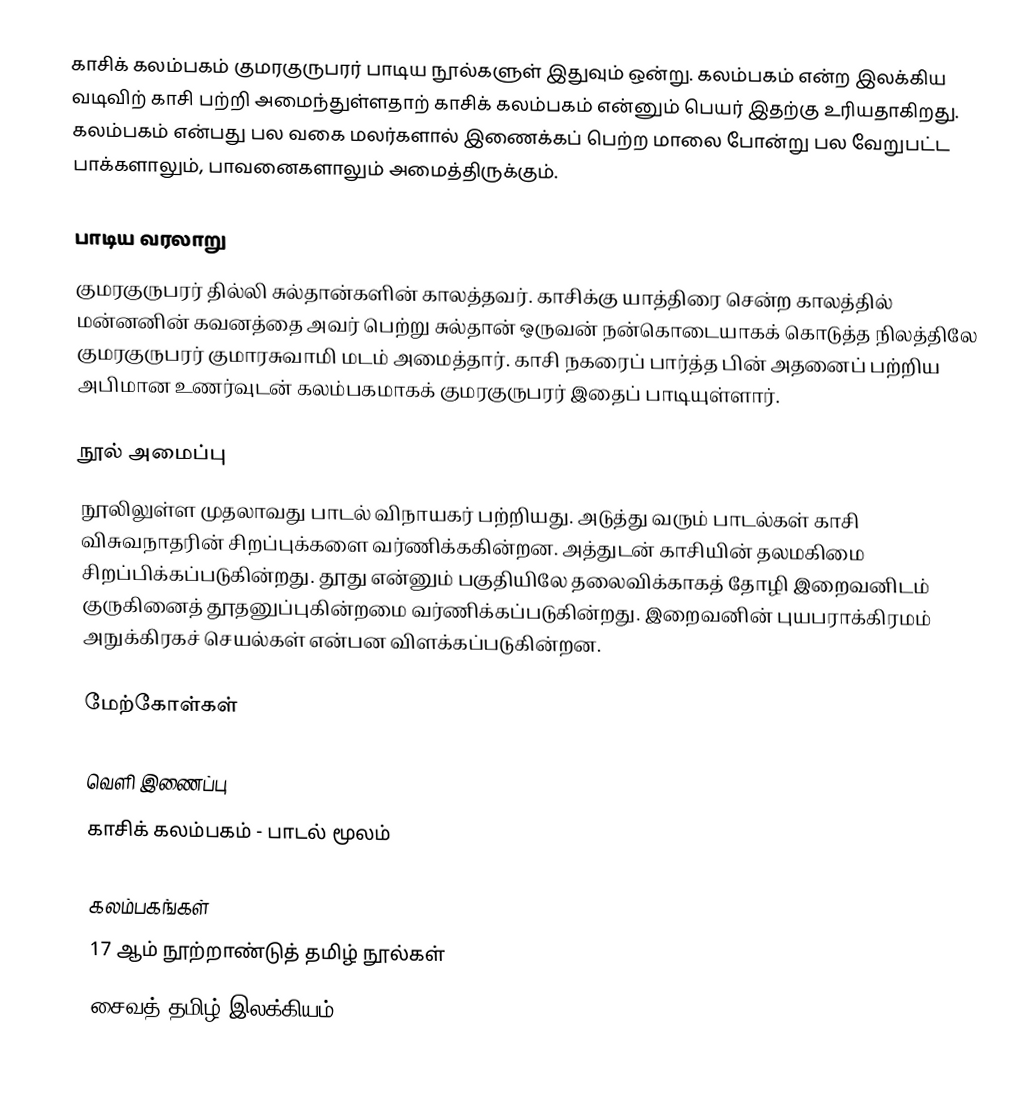
காசிக் கலம்பகம்  குமரகுருபரர் பாடிய நூல்களுள் இதுவும் ஒன்று. கலம்பகம் என்ற இலக்கிய வடிவிற் காசி பற்றி அமைந்துள்ளதாற் காசிக் கலம்பகம் என்னும் பெயர் இதற்கு உரியதாகிறது. கலம்பகம் என்பது பல வகை மலர்களால் இணைக்கப் பெற்ற மாலை போன்று பல வேறுபட்ட பாக்களாலும், பாவனைகளாலும் அமைத்திருக்கும்.

பாடிய வரலாறு
குமரகுருபரர் தில்லி சுல்தான்களின் காலத்தவர். காசிக்கு யாத்திரை சென்ற காலத்தில் மன்னனின் கவனத்தை அவர் பெற்று சுல்தான் ஒருவன் நன்கொடையாகக் கொடுத்த நிலத்திலே குமரகுருபரர் குமாரசுவாமி மடம் அமைத்தார். காசி நகரைப் பார்த்த பின் அதனைப் பற்றிய அபிமான உணர்வுடன் கலம்பகமாகக் குமரகுருபரர் இதைப் பாடியுள்ளார்.

நூல் அமைப்பு
நூலிலுள்ள முதலாவது பாடல் விநாயகர் பற்றியது. அடுத்து வரும் பாடல்கள் காசி விசுவநாதரின் சிறப்புக்களை வர்ணிக்ககின்றன. அத்துடன் காசியின் தலமகிமை சிறப்பிக்கப்படுகின்றது. தூது என்னும் பகுதியிலே தலைவிக்காகத் தோழி இறைவனிடம் குருகினைத் தூதனுப்புகின்றமை வர்ணிக்கப்படுகின்றது. இறைவனின் புயபராக்கிரமம் அநுக்கிரகச் செயல்கள் என்பன விளக்கப்படுகின்றன.

மேற்கோள்கள்

வெளி இணைப்பு
 காசிக் கலம்பகம் - பாடல் மூலம்

கலம்பகங்கள்
17 ஆம் நூற்றாண்டுத் தமிழ் நூல்கள்
சைவத் தமிழ் இலக்கியம்